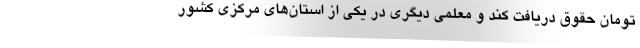
تومان حقوق دریافت کند و معلمی دیگری در یکی از استان‌های مرکزی کشور